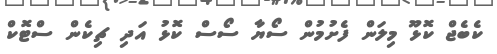
ކެބެޖް ކޮޅޫ މިލަން ފެށުމުން ސޯޔާ ސޯސް ކޮޅު އަދި ޗިކެން ސްޓޮކް